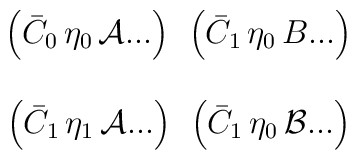
\begin{array}{cc}\left( \bar{C}_{0}\, \eta_{0}\, {\cal A} ... \right) \; \,                \left( \bar{C}_{1}\, \eta_{0}\, B ... \right)\\                                                                \\    \left( \bar{C}_{1}\, \eta_{1}\, {\cal A} ... \right) \; \,              \left( \bar{C}_{1}\, \eta_{0}\, {\cal B} ... \right) \\    \end{array}